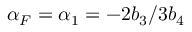
\alpha _ { F } = \alpha _ { 1 } = - 2 b _ { 3 } / 3 b _ { 4 }